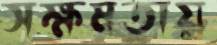
সক্ষমতায়